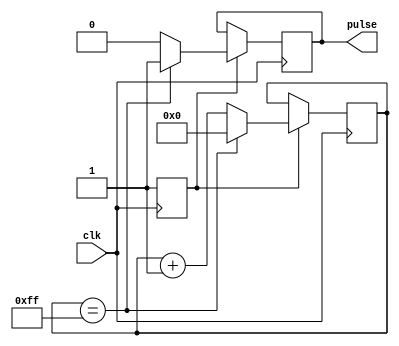
module SynchronousPulseGenerator (
    input wire clk,
    output reg pulse
);

reg [7:0] counter;
reg sync;

always @(posedge clk) begin
    if (sync) begin
        counter <= counter + 1;
        if (counter == 8'hFF) begin
            pulse <= 1'b1;
            counter <= 0;
        end else begin
            pulse <= 1'b0;
        end
    end
end

always @(posedge clk) begin
    sync <= 1'b1;
end

endmodule